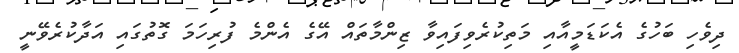
ދިވެހި ބަހުގެ އެކަޑަމީއާއި މަތިކުރެވިފައިވާ ޒިންމާތައް އޭގެ އެންމެ ފުރިހަމަ ގޮތުގައި އަދާކުރެވޭނީ